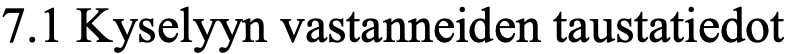
7.1 Kyselyyn vastanneiden taustatiedot